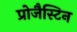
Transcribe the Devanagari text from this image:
प्रोजैस्टिन